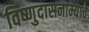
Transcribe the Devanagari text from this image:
विष्णुदासनाम्याचे